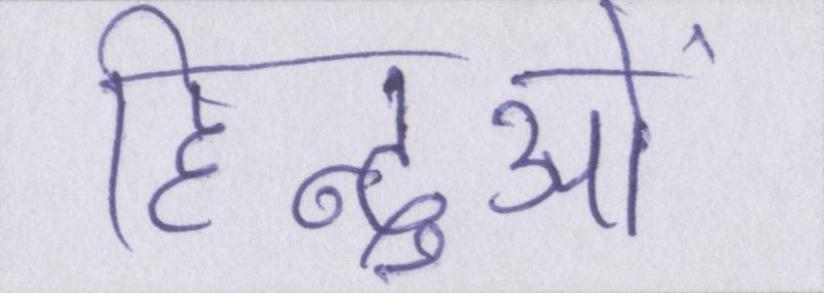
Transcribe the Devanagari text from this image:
हिन्दुओं